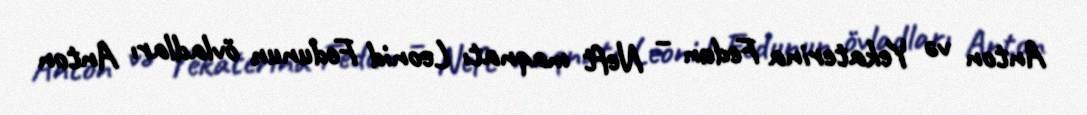
Anton və Yekaterina Fedun – Neft maqnatı Leonid Fedunun övladları Anton